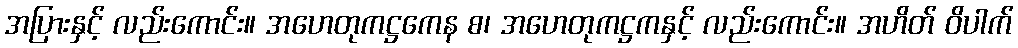
အပြားနှင့် လည်းကောင်း။ အဟေတုကဋ္ဌကေန စ၊ အဟေတုကဋ္ဌကနှင့် လည်းကောင်း။ အဟိတ် ဝိပါက်